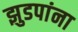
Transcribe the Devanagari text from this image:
झुडपांना